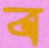
ব